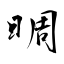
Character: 晭